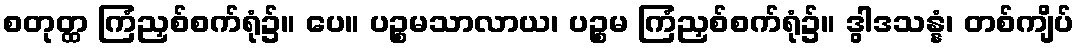
စတုတ္ထ ကြံညှစ်စက်ရုံ၌။ ပေ။ ပဉ္စမသာလာယ၊ ပဉ္စမ ကြံညှစ်စက်ရုံ၌။ ဒွါဒသန္နံ၊ တစ်ကျိပ်